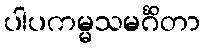
ပါပကမ္မသမင်္ဂိတာ